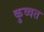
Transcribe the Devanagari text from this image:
कुव्‍वत